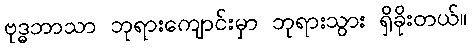
ဗုဒ္ဓဘာသာ ဘုရားကျောင်းမှာ ဘုရားသွား ရှိခိုးတယ်။